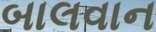
બાલવાન